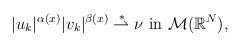
LaTeX: \begin{align*} |u_k|^{\alpha(x)}|v_k|^{\beta(x)} \overset{\ast}{\rightharpoonup} \nu \mbox{ in } \mathcal{M}(\mathbb{R}^{N}), \end{align*}